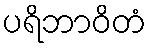
ပရိဘာဝိတံ